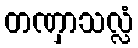
တဏှာသလ္လံ